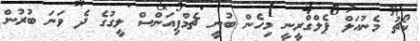
ކޯޗު މެނުއަލް ޕެލްގްރީނީ މިހެން ބުނީ ޗެމްޕިއަންސް ލީގުގެ ދެ ވަނަ ބުރުން